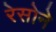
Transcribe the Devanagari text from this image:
रेसोने